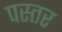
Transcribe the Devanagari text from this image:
पस्तर